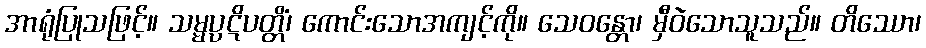
အာရုံပြုသဖြင့်။ သမ္မပ္ပဋိပတ္တိံ၊ ကောင်းသောအကျင့်ကို။ သေဝန္တော၊ မှီဝဲသောသူသည်။ တိဿော၊